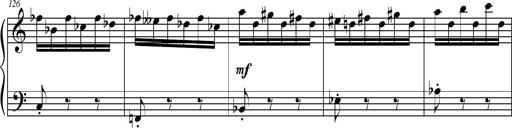
Title: Petite Sonatine
Composer: Richard St. Clair